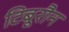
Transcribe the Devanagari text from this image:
टिबूरौन